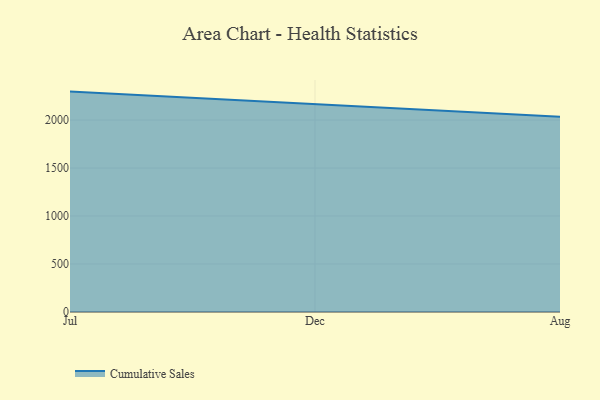
{"axis": {"x": "Month", "y": "Page Views"}, "legend": ["Cumulative Sales"], "data": [{"x": "Jul", "y": 2296.6, "type": "Cumulative Sales"}, {"x": "Dec", "y": 2169.2, "type": "Cumulative Sales"}, {"x": "Aug", "y": 2034.4, "type": "Cumulative Sales"}]}